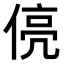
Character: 𬾻